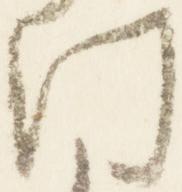
門